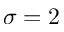
\sigma = 2